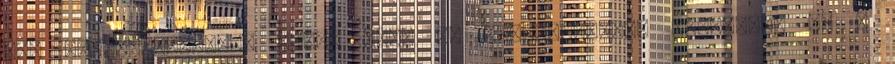
bőr túlszárításával végül pont az ellenkezőjét. Távolítsa el a